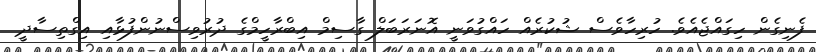
ފެނިގެން ހިގައްޖެއެވެ. ހުރިހާވެސް ޝުކުރެއް ހައްގުވަނީ އޮނަރަބަލް ގާސިމް އިބްރާހީމްގެ ދުރުވިސްނުންފުޅާއި އިގްތިސާދީ